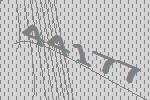
44177